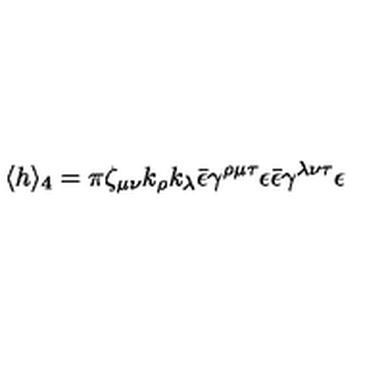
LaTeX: \langle h \rangle _ { 4 } = \pi \zeta _ { \mu \nu } k _ { \rho } k _ { \lambda } \bar { \epsilon } \gamma ^ { \rho \mu \tau } \epsilon \bar { \epsilon } \gamma ^ { \lambda \nu \tau } \epsilon